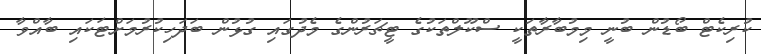
ކުރިކެޓް ބޯޑުން ބުނީ މިމުބާރާތަކީ ސްކޫލްތަކުގެ ޓީޗަރުންގެ މެދުގައި ގުޅުން ބަދަހިކުރުމަށްޓަކައި ބާއްވާ